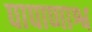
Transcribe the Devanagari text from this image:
पापाणाश्व